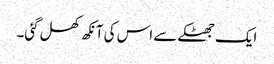
ایک جھٹکے سے اس کی آنکھ کھل گئی۔